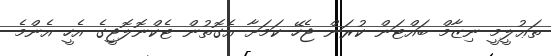
ތަޢުލީމީ ނިޒާމް ބައްޓަން ކުރަން ޖެހޭ ކަމަށާ އެގޮތުން ޓެކްނޮލޮޖީގެ އެހީ އެންމެ